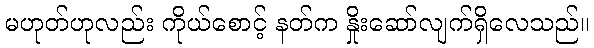
မဟုတ်ဟုလည်း ကိုယ်စောင့် နတ်က နှိုးဆော်လျက်ရှိလေသည်။